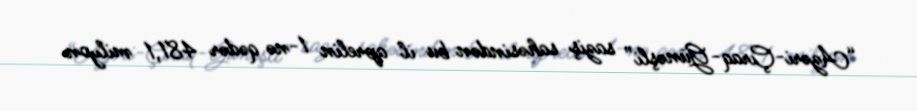
“Azəri-Çıraq-Günəşli” saziş sahəsindən bu il aprelin 1-nə qədər 481,1 milyon